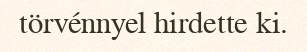
törvénnyel hirdette ki.